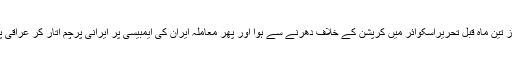
عراق کی بے چینی کا آغاز تین ماہ قبل تحریراسکوائر میں کرپشن کے خلاف دھرنے سے ہوا اور پھر معاملہ ایران کی ایمبیسی پر ایرانی پرچم اتار کر عراقی پرچم لہرانے تک جا پہنچا۔